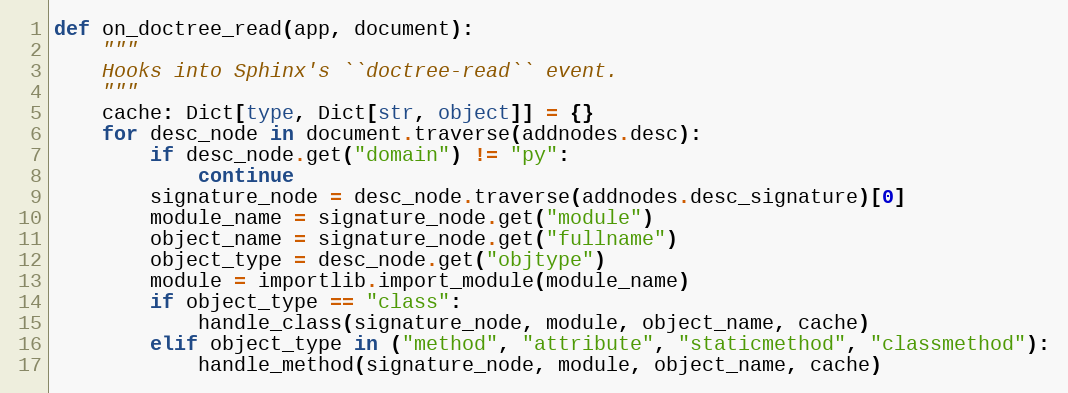
Language: Python
def on_doctree_read(app, document):
    """
    Hooks into Sphinx's ``doctree-read`` event.
    """
    cache: Dict[type, Dict[str, object]] = {}
    for desc_node in document.traverse(addnodes.desc):
        if desc_node.get("domain") != "py":
            continue
        signature_node = desc_node.traverse(addnodes.desc_signature)[0]
        module_name = signature_node.get("module")
        object_name = signature_node.get("fullname")
        object_type = desc_node.get("objtype")
        module = importlib.import_module(module_name)
        if object_type == "class":
            handle_class(signature_node, module, object_name, cache)
        elif object_type in ("method", "attribute", "staticmethod", "classmethod"):
            handle_method(signature_node, module, object_name, cache)